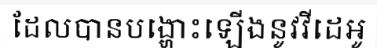
ដែលបានបង្ហោះឡើងនូវវីដេអូ